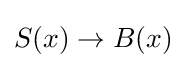
S(x)\to B(x)